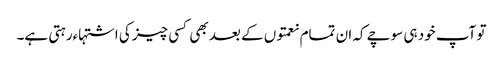
تو آپ خود ہی سوچے کہ ان تمام نعمتوں کے بعد بھی کسی چیز کی اشتہاءرہتی ہے۔